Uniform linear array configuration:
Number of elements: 8
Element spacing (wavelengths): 1
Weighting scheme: uniform
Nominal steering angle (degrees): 0
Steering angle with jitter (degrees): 1.811
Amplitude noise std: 0.05
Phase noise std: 0.05

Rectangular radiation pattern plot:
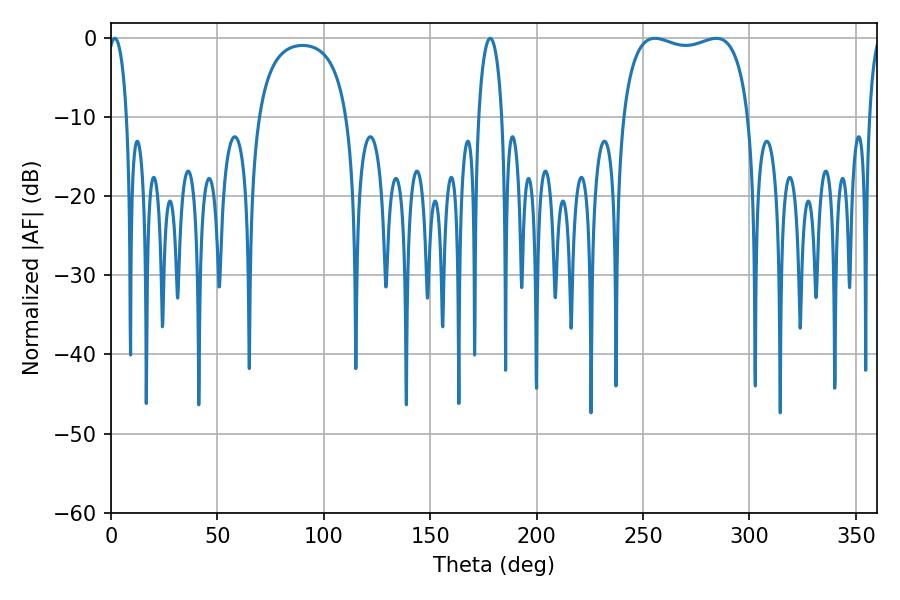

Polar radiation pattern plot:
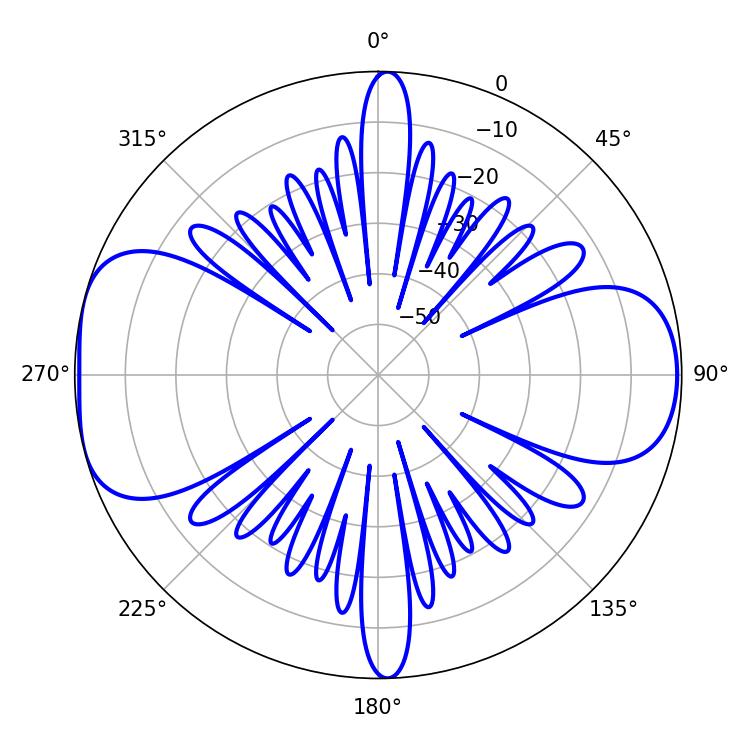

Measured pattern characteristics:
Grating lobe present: TRUE
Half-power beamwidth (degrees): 48.24
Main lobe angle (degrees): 255.6